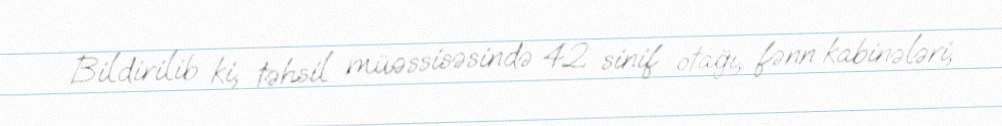
Bildirilib ki, təhsil müəssisəsində 42 sinif otağı, fənn kabinələri,